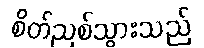
စိတ်ညစ်သွားသည်